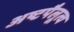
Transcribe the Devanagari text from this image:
अष्टपैलूत्व